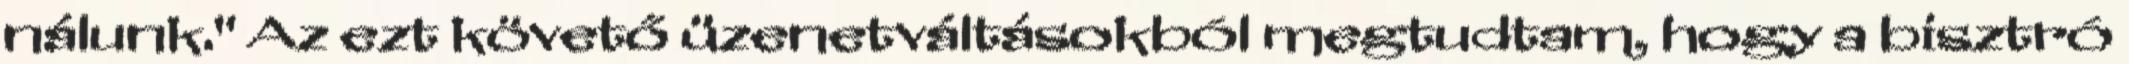
nálunk." Az ezt követő üzenetváltásokból megtudtam, hogy a bisztró